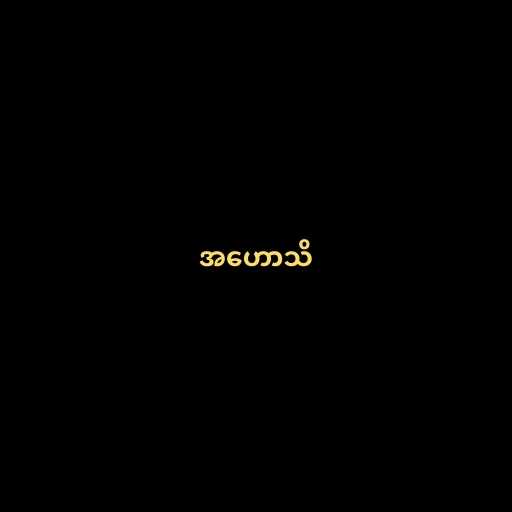
အဟောသိ